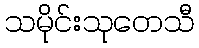
သမိုင်းသုတေသီ